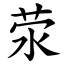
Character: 荥